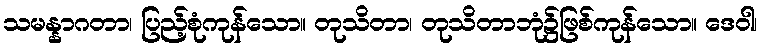
သမန္နာဂတာ၊ ပြည့်စုံကုန်သော။ တုသိတာ၊ တုသိတာဘုံ၌ဖြစ်ကုန်သော။ ဒေဝါ၊